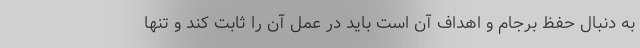
به دنبال حفظ برجام و اهداف آن است باید در عمل آن را ثابت کند و تنها